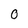
Character: O